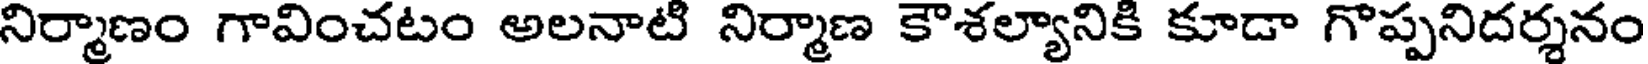
నిర్మాణం గావించటం అలనాటి నిర్మాణ కౌశల్యానికి కూడా గొప్పనిదర్శనం